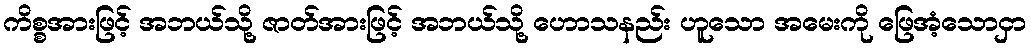
ကိစ္စအားဖြင့် အဘယ်သို့ ဇာတ်အားဖြင့် အဘယ်သို့ ဟောသနည်း ဟူသော အမေးကို ဖြေအံ့သောငှာ